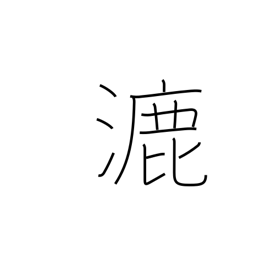
Meaning: spread out thin